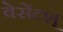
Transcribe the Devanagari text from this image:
बेसेंटश्